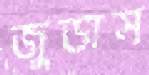
জুডাস